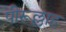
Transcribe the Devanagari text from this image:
पीरूल्लाह